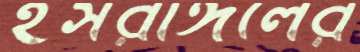
ইসরাঈলের